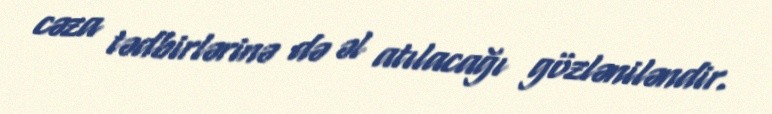
cəza tədbirlərinə də əl atılacağı gözləniləndir.